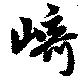
崎